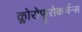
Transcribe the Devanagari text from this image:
क्लोरोफ्लुरोकार्बन्स